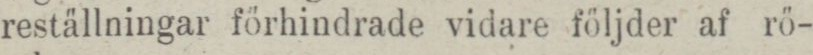
reställningar förhindrade vidare följder af rö-